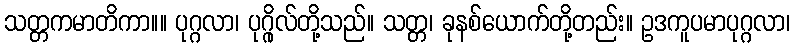
သတ္တကမာတိကာ။။ ပုဂ္ဂလာ၊ ပုဂ္ဂိုလ်တို့သည်။ သတ္တ၊ ခုနစ်ယောက်တို့တည်း။ ဥဒကူပမာပုဂ္ဂလာ၊